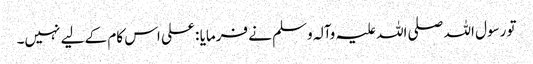
تو رسول اللہ صلی اللہ علیہ وآلہ وسلم نے فرمایا : علی اس کام کے لیے نہیں۔